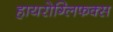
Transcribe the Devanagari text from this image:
हायरोग्लिफक्स